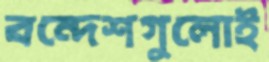
বন্দেশগুলোই